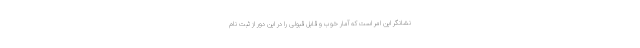
نشانگر این امر است که آمار خوب و قابل قبولی را در این دور از ثبت نام